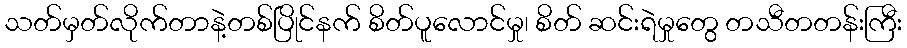
သတ်မှတ်လိုက်တာနဲ့တစ်ပြိုင်နက် စိတ်ပူလောင်မှု၊ စိတ် ဆင်းရဲမှုတွေ တသီတတန်းကြီး